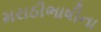
મરાઠીભાષીના